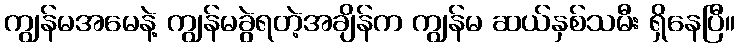
ကျွန်မအမေနဲ့ ကျွန်မခွဲရတဲ့အချိန်က ကျွန်မ ဆယ်နှစ်သမီး ရှိနေပြီ။